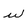
Character: w